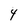
Character: 4